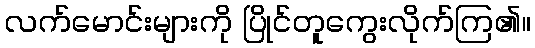
လက်မောင်းများကို ပြိုင်တူကွေးလိုက်ကြ၏။